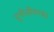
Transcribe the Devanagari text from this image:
यूनीलीवरका